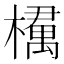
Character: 𣜔